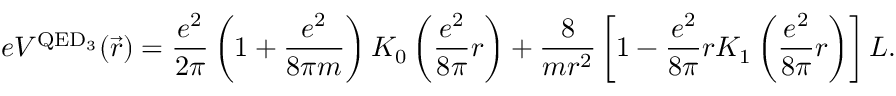
e V ^ { \mathrm { Q E D _ { 3 } } } ( \vec { r } ) = \frac { e ^ { 2 } } { 2 \pi } \left( 1 + \frac { e ^ { 2 } } { 8 \pi m } \right) K _ { 0 } \left( \frac { e ^ { 2 } } { 8 \pi } r \right) + \frac { 8 } { m r ^ { 2 } } \left[ 1 - \frac { e ^ { 2 } } { 8 \pi } r K _ { 1 } \left( \frac { e ^ { 2 } } { 8 \pi } r \right) \right] L .